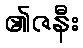
၏ဇနီး